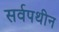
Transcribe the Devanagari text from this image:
सर्वपथीन